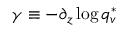
\gamma \equiv - \partial _ { z } \log { q _ { v } ^ { * } }